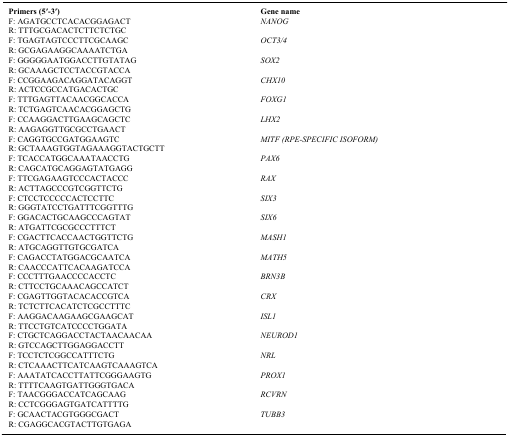
| Primers (5′-3′) | Gene name |
 | --- | --- |
 | F: AGATGCCTCACACGGAGACT | NANOG |
 | R: TTTGCGACACTCTTCTCTGC |  |
 | F: TGAGTAGTCCCTTCGCAAGC | OCT3/4 |
 | R: GCGAGAAGGCAAAATCTGA |  |
 | F: GGGGGAATGGACCTTGTATAG | SOX2 |
 | R: GCAAAGCTCCTACCGTACCA |  |
 | F: CCGGAAGACAGGATACAGGT | CHX10 |
 | R: ACTCCGCCATGACACTGC |  |
 | F: TTTGAGTTACAACGGCACCA | FOXG1 |
 | R: TCTGAGTCAACACGGAGCTG |  |
 | F: CCAAGGACTTGAAGCAGCTC | LHX2 |
 | R: AAGAGGTTGCGCCTGAACT |  |
 | F: CAGGTGCCGATGGAAGTC | MITF (RPE‐SPECIFIC ISOFORM) |
 | R: GCTAAAGTGGTAGAAAGGTACTGCTT |  |
 | F: TCACCATGGCAAATAACCTG | PAX6 |
 | R: CAGCATGCAGGAGTATGAGG |  |
 | F: TTCGAGAAGTCCCACTACCC | RAX |
 | R: ACTTAGCCCGTCGGTTCTG |  |
 | F: CTCCTCCCCCACTCCTTC | SIX3 |
 | R: GGGTATCCTGATTTCGGTTTG |  |
 | F: GGACACTGCAAGCCCAGTAT | SIX6 |
 | R: ATGATTCGCGCCCTTTCT |  |
 | F: CGACTTCACCAACTGGTTCTG | MASH1 |
 | R: ATGCAGGTTGTGCGATCA |  |
 | F: CAGACCTATGGACGCAATCA | MATH5 |
 | R: CAACCCATTCACAAGATCCA |  |
 | F: CCCTTTGAACCCCACCTC | BRN3B |
 | R: CTTCCTGCAAACAGCCATCT |  |
 | F: CGAGTTGGTACACACCGTCA | CRX |
 | R: TCTCTTCACATCTCGCCTTTC |  |
 | F: AAGGACAAGAAGCGAAGCAT | ISL1 |
 | R: TTCCTGTCATCCCCTGGATA |  |
 | F: CTGCTCAGGACCTACTAACAACAA | NEUROD1 |
 | R: GTCCAGCTTGGAGGACCTT |  |
 | F: TCCTCTCGGCCATTTCTG | NRL |
 | R: CTCAAACTTCATCAAGTCAAAGTCA |  |
 | F: AAATATCACCTTATTCGGGAAGTG | PROX1 |
 | R: TTTTCAAGTGATTGGGTGACA |  |
 | F: TAACGGGACCATCAGCAAG | RCVRN |
 | R: CCTCGGGAGTGATCATTTTG |  |
 | F: GCAACTACGTGGGCGACT | TUBB3 |
 | R: CGAGGCACGTACTTGTGAGA |  |